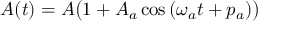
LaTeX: A ( t ) = A { \bigl ( } 1 + A _ { a } \cos \, ( \omega _ { a } t + p _ { a } ) { \bigr ) }